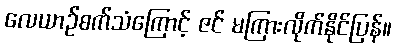
လေယာဉ်စက်သံကြောင့် ဇင် မကြားလိုက်နိုင်ပြန်။